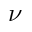
\nu